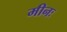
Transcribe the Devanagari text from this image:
मीनः